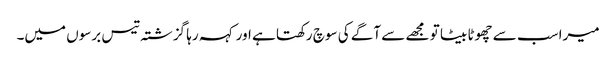
میرا سب سے چھوٹا بیٹا تو مجھے سے آگے کی سوچ رکھتا ہے اور کہہ رہا گزشتہ تیس برسوں میں۔